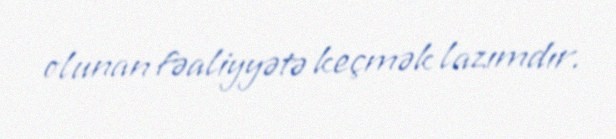
olunan fəaliyyətə keçmək lazımdır.